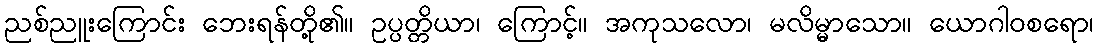
ညစ်ညူးကြောင်း ဘေးရန်တို့၏။ ဥပ္ပတ္တိယာ၊ ကြောင့်။ အကုသလော၊ မလိမ္မာသော။ ယောဂါဝစရော၊